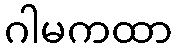
ဂါမကထာ